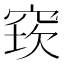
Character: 𥦔